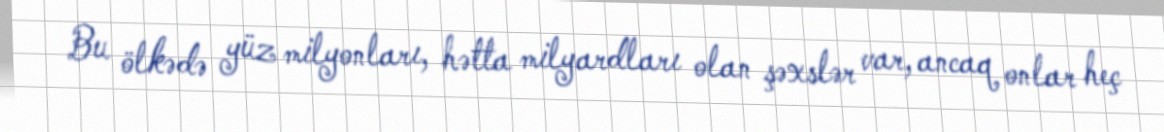
Bu ölkədə yüz milyonları, hətta milyardları olan şəxslər var, ancaq onlar heç